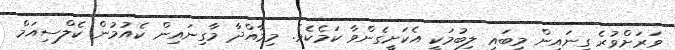
ވަރަށްވުރެ ގިނައިން މިބައި ލިބުމަކީ އެކަށީގެންވާ ކަމެކެވެ. މިމާއްދާ މާގިނައިން ކެއުމުން ކެލްސިއަމް